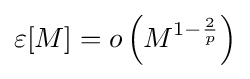
\varepsilon [M]=o\left(M^{1-{\frac {2}{p}}}\right)